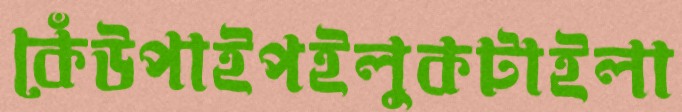
কেঁউপাইপইলুকটাইলা